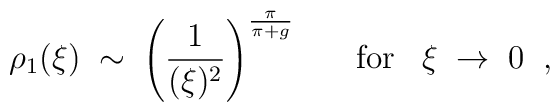
\rho_1(\xi) \; \sim \; \left( \frac{1}{(\xi)^2} \right)^{\frac{\pi}{\pi+g}}\; \; \; \; \; \; \mbox{for} \; \; \; \xi \; \rightarrow \; 0 \; \; ,